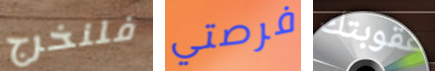
فلنخرج فرصتي عقوبتك